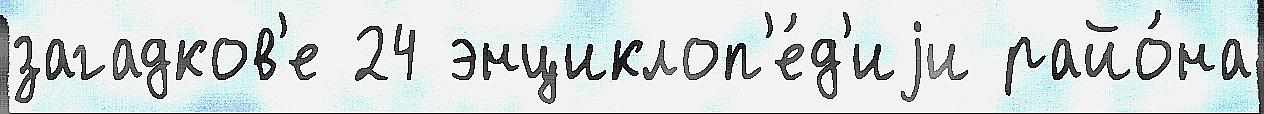
загадков'е 24 энциклоп'е́д'иjи райо́на